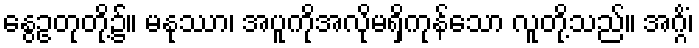
နွေဥတုတို့၌။ မနုဿာ၊ အပူကိုအလိုမရှိကုန်သော လူတို့သည်။ အဂ္ဂိံ၊